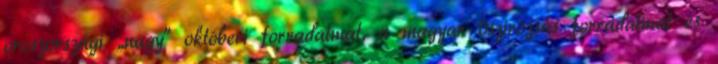
oroszországi „nagy” októberi forradalmat, a magyar őszirózsás for­radalmat és